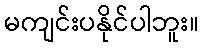
မကျင်းပနိုင်ပါဘူး။